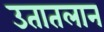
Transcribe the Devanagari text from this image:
उतातलान